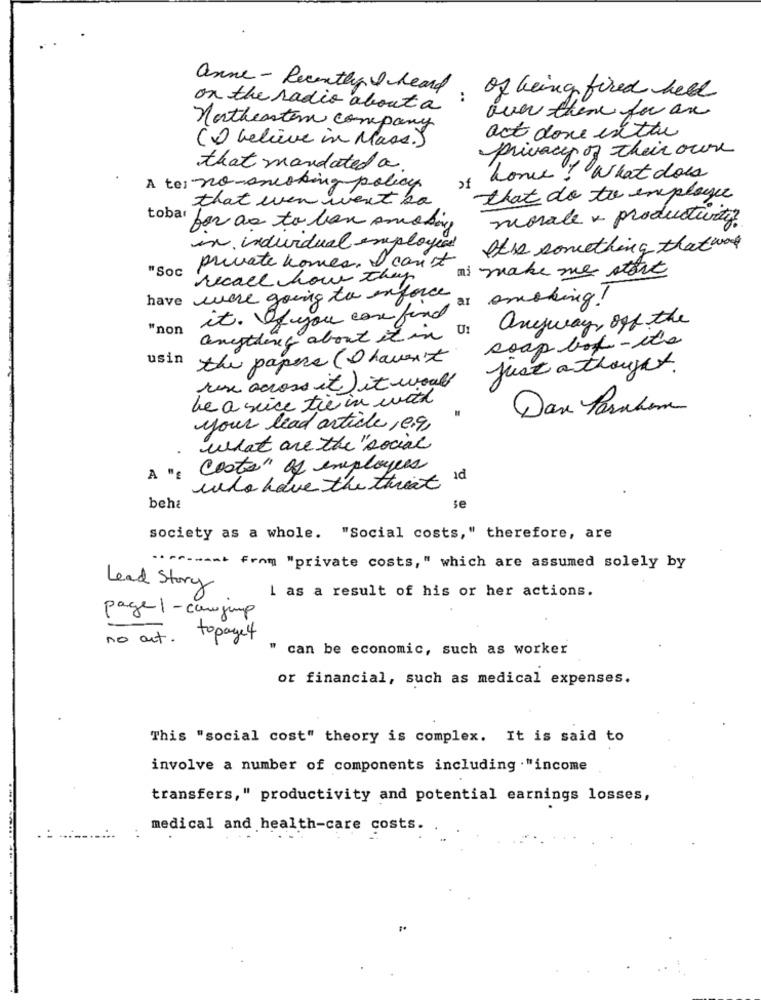
anne- Recently I heard of being fired hell
..
on the radio about a
over theme for an
Northeastern company
(D) believe in Mass.)
act done exthe
privacy of their own
that mandated a.
home ! What does
A te: no -ancoking policy
of
that een went ba
that do to employee
tobar
morale + productivity.
for as to ban smoking
in individual employed
It's something that work
private homes. I can't
mi make me stort
"Soc
recall how they
have were going to enforce
it. If you care find a smoking !
anyway, off the
"non
anything about it in Un
soap box - the
usin
the papere ( I haven't
Just a thought.
rose across it it would
be a seice tie in with
Das Parahem
your lead article , e.g.
what are the "social
costs" of employees
A "g
ad
who have the threat
beha
se
society as a whole. "Social costs," therefore, are
.. mr ___ ml from "private costs, " which are assumed solely by
Lead Story
I as a result of his or her actions.
page1-canjump
no art. topayet
" can be economic, such as worker
or financial, such as medical expenses.
This "social cost" theory is complex. It is said to
involve a number of components including ."income
transfers," productivity and potential earnings losses,
medical and health-care costs.
: